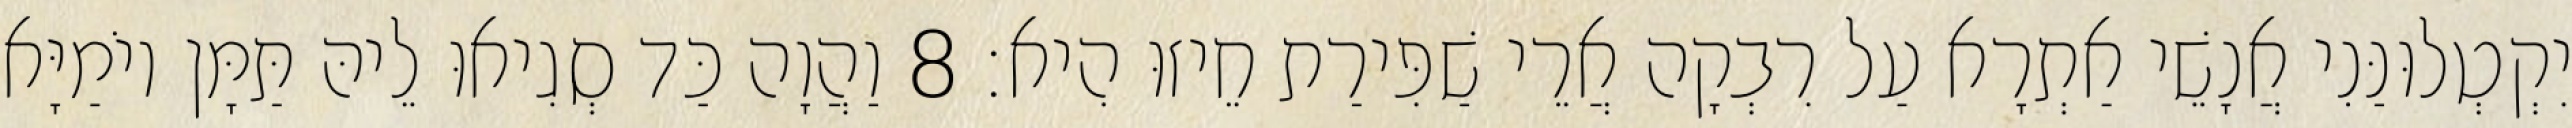
יִקְטְלוּנַּנִי אֲנָשֵׁי אַתְרָא עַל רִבְקָה אֲרֵי שַׁפִּירַת חֵיזוּ הִיא׃ 8 וַהֲוָה כַּד סְגִיאוּ לֵיהּ תַּמָּן יוֹמַיָּא